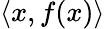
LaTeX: \langle x,f(x)\rangle